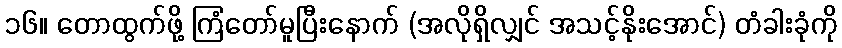
၁၆။ တောထွက်ဖို့ ကြံတော်မူပြီးနောက် (အလိုရှိလျှင် အသင့်နိုးအောင်) တံခါးခုံကို